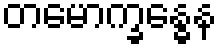
တမောက္ခန္ဓေန